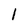
Character: 1